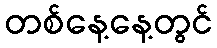
တစ်နေ့နေ့တွင်